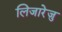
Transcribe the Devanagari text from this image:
लिजारेजु